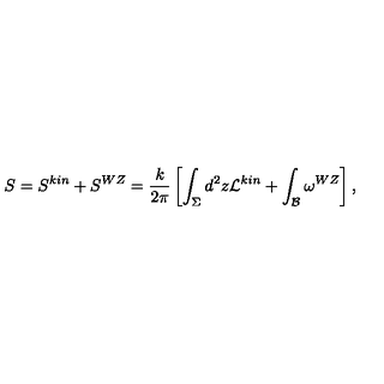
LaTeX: S = S ^ { k i n } + S ^ { W Z } = \frac { k } { 2 \pi } \left[ \int _ { \Sigma } d ^ { 2 } z { \cal L } ^ { k i n } + \int _ { \cal B } \omega ^ { W Z } \right] ,